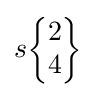
s{\begin{Bmatrix}2\\4\end{Bmatrix}}